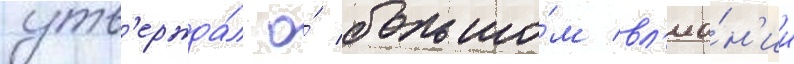
утв'ержда́л о́ большо́м вл'иа́н'ии